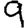
Digit: 9